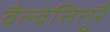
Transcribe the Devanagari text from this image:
वैल्वेत्तितुरै